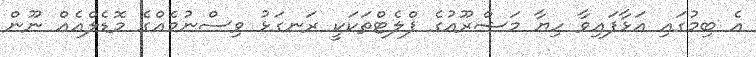
އެ ބިމުގައި އަޅާފައިވާ ހިޔާ މަޝްރޫއުގެ ފްލެޓްތަކަކީ ރަނގަޅު ވިސްނުމެއްގެ މޮޑެލްއެއް ނޫން